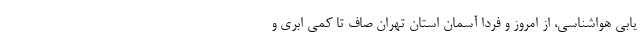
یابی هواشناسی، از امروز و فردا آسمان استان تهران صاف تا کمی ابری و